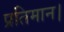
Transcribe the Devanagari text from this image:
प्रतिमान।